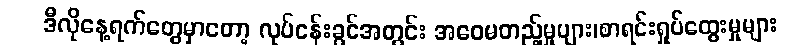
ဒီလိုနေ့ရက်တွေမှာတော့ လုပ်ငန်းခွင်အတွင်း အဝေမတည့်မှုများ၊စာရင်းရှုပ်ထွေးမှုများ